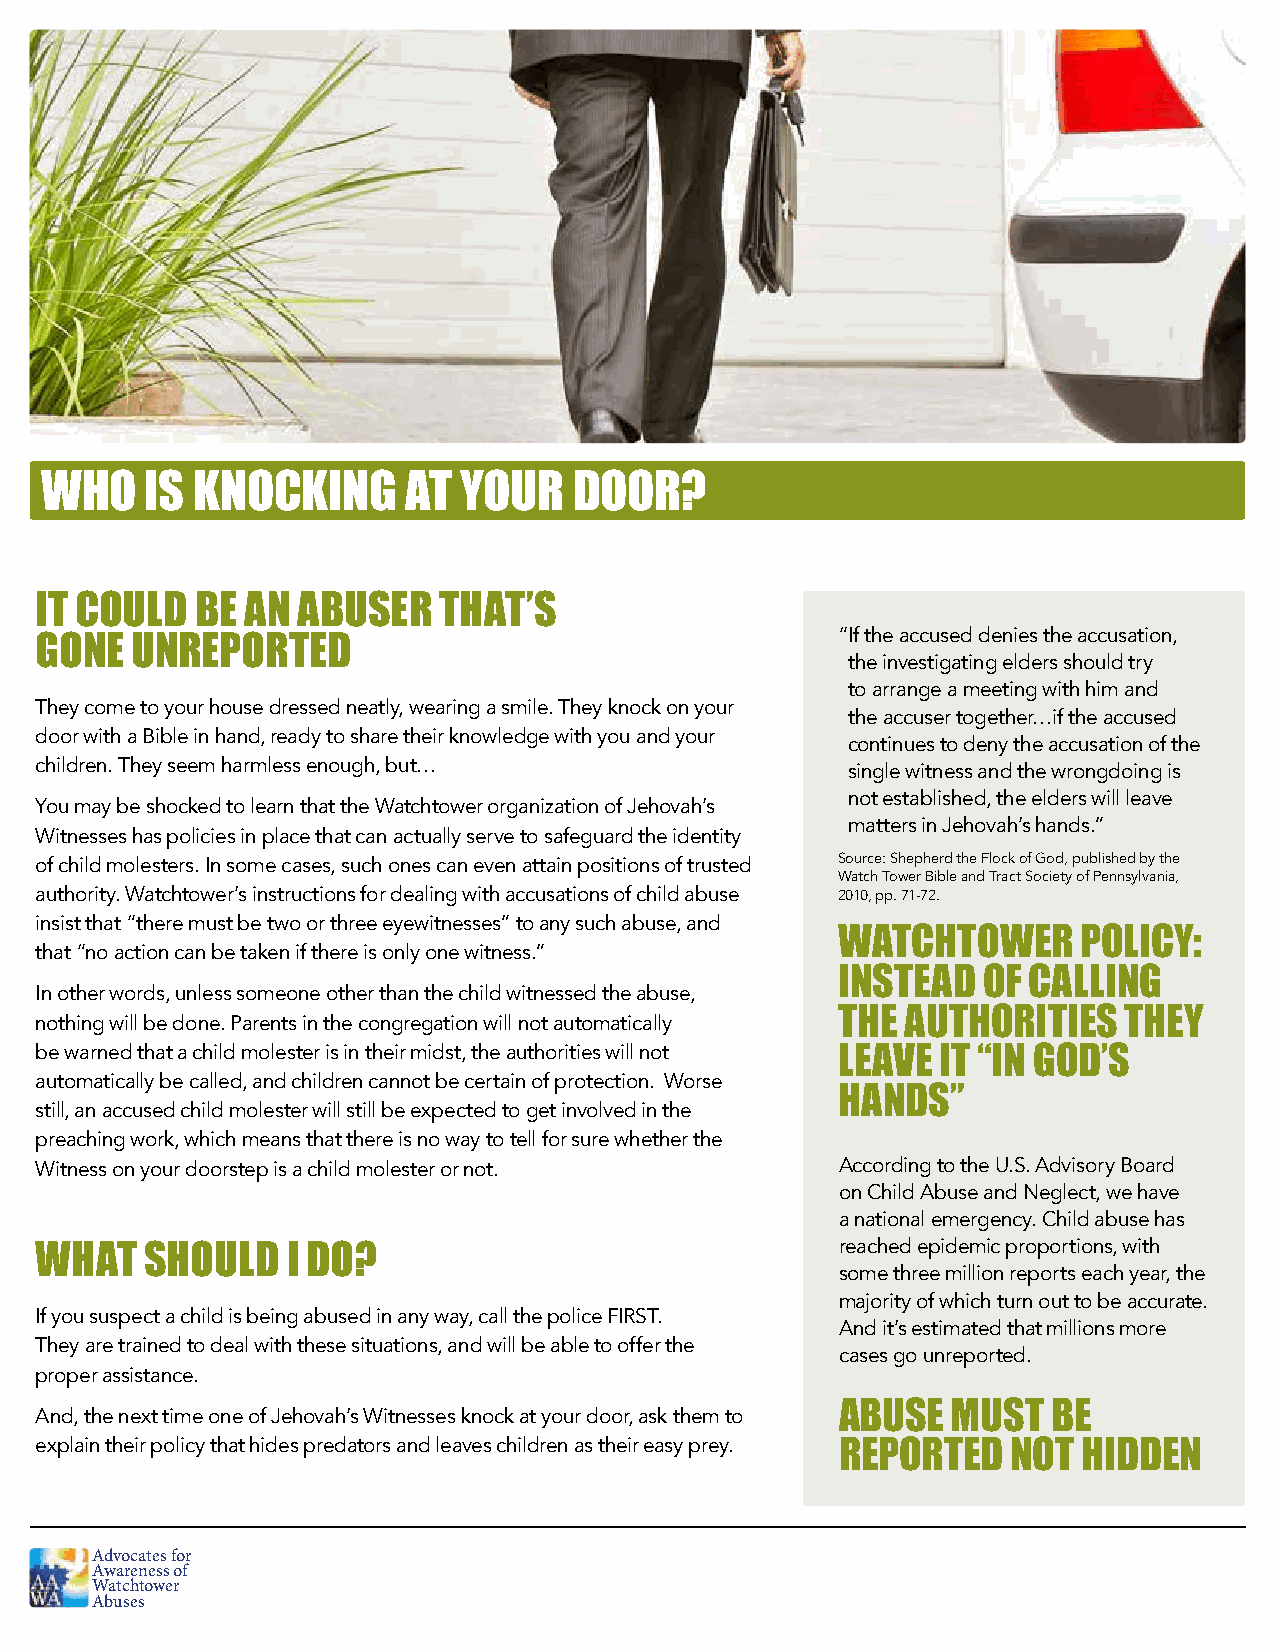
WHO    IS KNOCKING      AT  YOUR   DOOR?
 IT COULD   BE AN  ABUSER   THAT’S
 “ If the accused denies the accusation,
 GONE   UNREPORTED
 the investigating elders should try
 to arrange a meeting with him and
 They come to your house dressed neatly, wearing a smile. They knock on your
 the accuser together…if the accused
 door with a Bible in hand, ready to share their knowledge with you and your
 continues to deny the accusation of the
 children. They seem harmless enough, but…             single witness and the wrongdoing is
 not established, the elders will leave
 You may be shocked to learn that the Watchtower organization of Jehovah’s
 matters in Jehovah’s hands.”
 Witnesses has policies in place that can actually serve to safeguard the identity
 of child molesters. In some cases, such ones can even attain positions of trusted Source: Shepherd the Flock of God, published by the
 Watch Tower Bible and Tract Society of Pennsylvania,
 authority. Watchtower’s instructions for dealing with accusations of child abuse 2010, pp. 71-72.
 insist that “there must be two or three eyewitnesses” to any such abuse, and
 WATCHTOWER       POLICY:
 that “no action can be taken if there is only one witness.”
 INSTEAD   OF CALLING
 In other words, unless someone other than the child witnessed the abuse,
 nothing will be done. Parents in the congregation will not automatically THE AUTHORITIES THEY
 be warned that a child molester is in their midst, the authorities will not LEAVE IT “IN GOD’S
 automatically be called, and children cannot be certain of protection. Worse
 HANDS”
 still, an accused child molester will still be expected to get involved in the
 preaching work, which means that there is no way to tell for sure whether the
 Witness on your doorstep is a child molester or not.  According to the U.S. Advisory Board
 on Child Abuse and Neglect, we have
 a national emergency. Child abuse has
 reached epidemic proportions, with
 WHAT    SHOULD   I DO?
 some three million reports each year, the
 majority of which turn out to be accurate.
 If you suspect a child is being abused in any way, call the police FIRST.
 And it’s estimated that millions more
 They are trained to deal with these situations, and will be able to offer the
 cases go unreported.
 proper assistance.
 And, the next time one of Jehovah’s Witnesses knock at your door, ask them to ABUSE MUST BE
 explain their policy that hides predators and leaves children as their easy prey. REPORTED NOT HIDDEN
 Advocates for
 Awareness of
 Watchtower
 Abuses